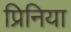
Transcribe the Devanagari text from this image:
प्रिनिया